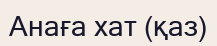
Анаға хат (қаз)